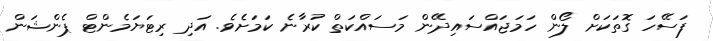
ފަސޭހަ ގޮތަކަށް ލޯން ހަމަޖައްސައިދޭން މަސައްކަތް ކުރާނެ ކަމަށެވެ. އަދި ރިޓަޔަމެންޓް ޕެންޝަން